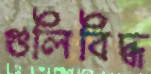
গুলিবিদ্ধ